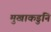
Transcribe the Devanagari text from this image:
मुखाकडुनि